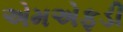
એમએફડી